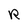
Character: R